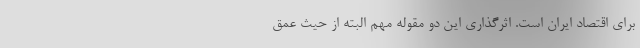
برای اقتصاد ایران است. اثرگذاری این دو مقوله مهم البته از حیث عمق